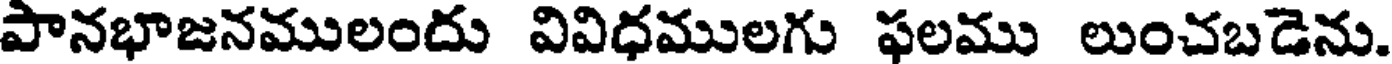
పానభాజనములందు వివిధములగు ఫలము లుంచబడెను.